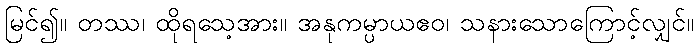
မြင်၍။ တဿ၊ ထိုရသေ့အား။ အနုကမ္ပာယဧဝ၊ သနားသောကြောင့်လျှင်။